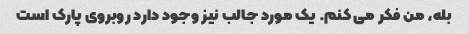
بله، من فکر می کنم. یک مورد جالب نیز وجود دارد روبروی پارک است